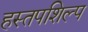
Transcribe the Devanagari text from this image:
हस्तपशिल्प